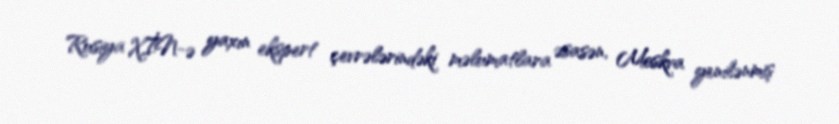
Rusiya XİN-ə yaxın ekspert çevrələrindəki məlumatlara əsasən, Moskva yenilənmiş